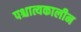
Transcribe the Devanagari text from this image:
पश्चात्यकालीन